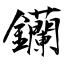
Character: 钄